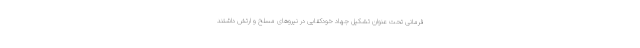
فرمانی تحت عنوان تشکیل جهاد خودکفایی در نیروهای مسلح و ارتش داشتند